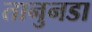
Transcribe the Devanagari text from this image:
तानुनडा